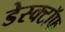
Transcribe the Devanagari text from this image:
डेस्क्टॉफ